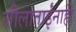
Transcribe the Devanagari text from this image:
लीलाताईंनाही